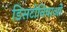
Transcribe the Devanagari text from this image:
डिसटोनियाओं